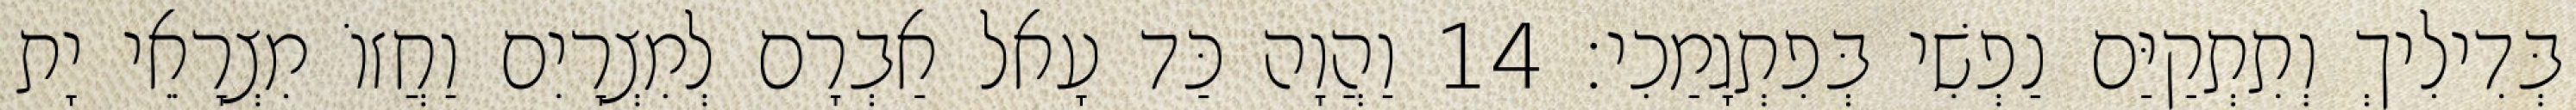
בְּדִילִיךְ וְתִתְקַיַּם נַפְשִׁי בְּפִתְגָמַכִי׃ 14 וַהֲוָה כַּד עָאל אַבְרָם לְמִצְרָיִם וַחֲזוֹ מִצְרָאֵי יָת